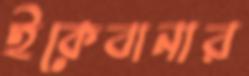
ইকেবানার